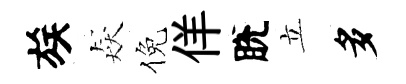
族猋倪佯脫立多